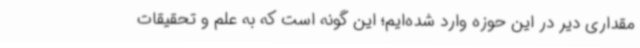
مقداری دیر در این حوزه وارد شده‌ایم؛ این گونه است که به علم و تحقیقات